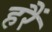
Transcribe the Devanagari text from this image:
हरैं